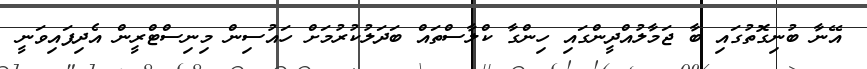
އޭނާ ބުނިގޮތުގައި ބާ ޖަމާލުއްދީންގައި ހިންގާ ކްލާސްތައް ބަދަލުކުރުމަށް ހައުސިން މިނިސްޓްރީން އެދިފައިވަނީ